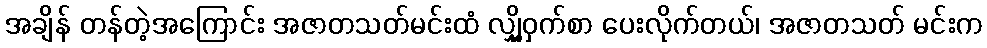
အချိန် တန်တဲ့အကြောင်း အဇာတသတ်မင်းထံ လျှို့ဝှက်စာ ပေးလိုက်တယ်၊ အဇာတသတ် မင်းက